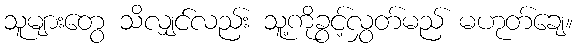
သူများတွေ သိလျှင်လည်း သူ့ကိုခွင့်လွှတ်မည် မဟုတ်ချေ။